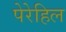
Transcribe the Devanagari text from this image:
पेरेहिल